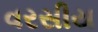
વરસીય